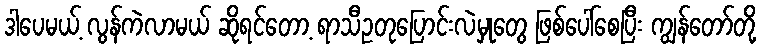
ဒါပေမယ့် လွန်ကဲလာမယ် ဆိုရင်တော့ ရာသီဥတုပြောင်းလဲမှုတွေ ဖြစ်ပေါ်စေပြီး ကျွန်တော်တို့